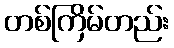
တစ်ကြိမ်တည်း